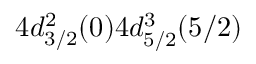
4 d _ { 3 / 2 } ^ { 2 } ( 0 ) 4 d _ { 5 / 2 } ^ { 3 } ( 5 / 2 )